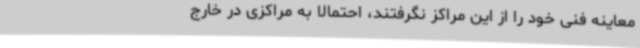
معاینه فنی خود را از این مراکز نگرفتند، احتمالاً به مراکزی در خارج